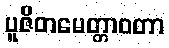
ပူဇိတမေတ္တာဝတာ